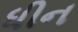
ધીન